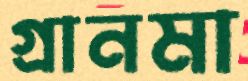
গ্রানমা